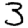
Digit: 3